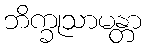
ဘိက္ခုသာမန္တာ